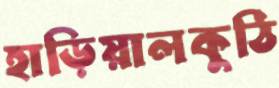
হাড়িয়ালকুঠি